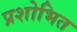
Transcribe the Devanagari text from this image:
प्रशोभित